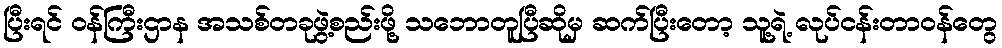
ပြီးရင် ဝန်ကြီးဌာန အသစ်တခုဖွဲ့စည်းဖို့ သဘောတူပြီဆိုမှ ဆက်ပြီးတော့ သူ့ရဲ့ လုပ်ငန်းတာဝန်တွေ